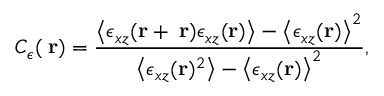
C _ { \epsilon } ( { \bf \Delta r } ) = \frac { \left< \epsilon _ { x z } ( { \bf r + \Delta r } ) \epsilon _ { x z } ( { \bf r } ) \right> - \left< \epsilon _ { x z } ( { \bf r } ) \right> ^ { 2 } } { \left< \epsilon _ { x z } ( { \bf r } ) ^ { 2 } \right> - \left< \epsilon _ { x z } ( { \bf r } ) \right> ^ { 2 } } ,